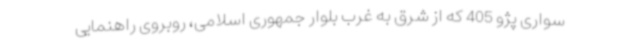
سواری پژو 405 که از شرق به غرب بلوار جمهوری اسلامی، روبروی راهنمایی